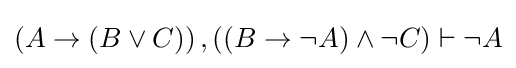
\left(A\rightarrow \left(B\lor C\right)\right),\left(\left(B\rightarrow \lnot A\right)\land \lnot C\right)\vdash \lnot A